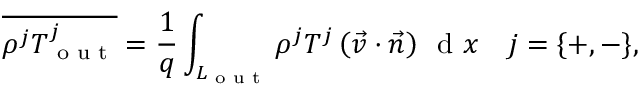
\overline { { \rho ^ { j } T _ { \textrm { o u t } } ^ { j } } } = \frac { 1 } { q } \int _ { L _ { \textrm { o u t } } } \rho ^ { j } T ^ { j } \left( \vec { v } \cdot \vec { n } \right) \, { \textrm { d } } x \quad j = \{ + , - \} ,